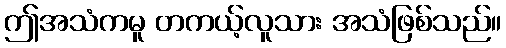
ဤအသံကမူ တကယ့်လူသား အသံဖြစ်သည်။